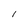
Character: I